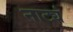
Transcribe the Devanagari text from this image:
नाट्यं